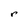
Character: r